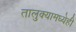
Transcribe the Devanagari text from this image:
तालुक्यामध्येही